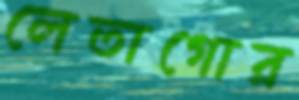
লেতাগোর